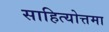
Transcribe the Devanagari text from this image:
साहित्योत्तमा